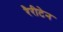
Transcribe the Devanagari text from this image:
रैरीटेन